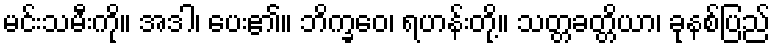
မင်းသမီးကို။ အဒါ၊ ပေး၏။ ဘိက္ခဝေ၊ ရဟန်းတို့။ သတ္တခတ္တိယာ၊ ခုနစ်ပြည်